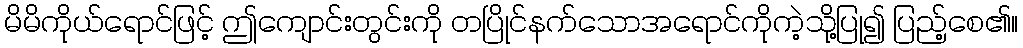
မိမိကိုယ်ရောင်ဖြင့် ဤကျောင်းတွင်းကို တပြိုင်နက်သောအရောင်ကိုကဲ့သို့ပြု၍ ပြည့်စေ၏။